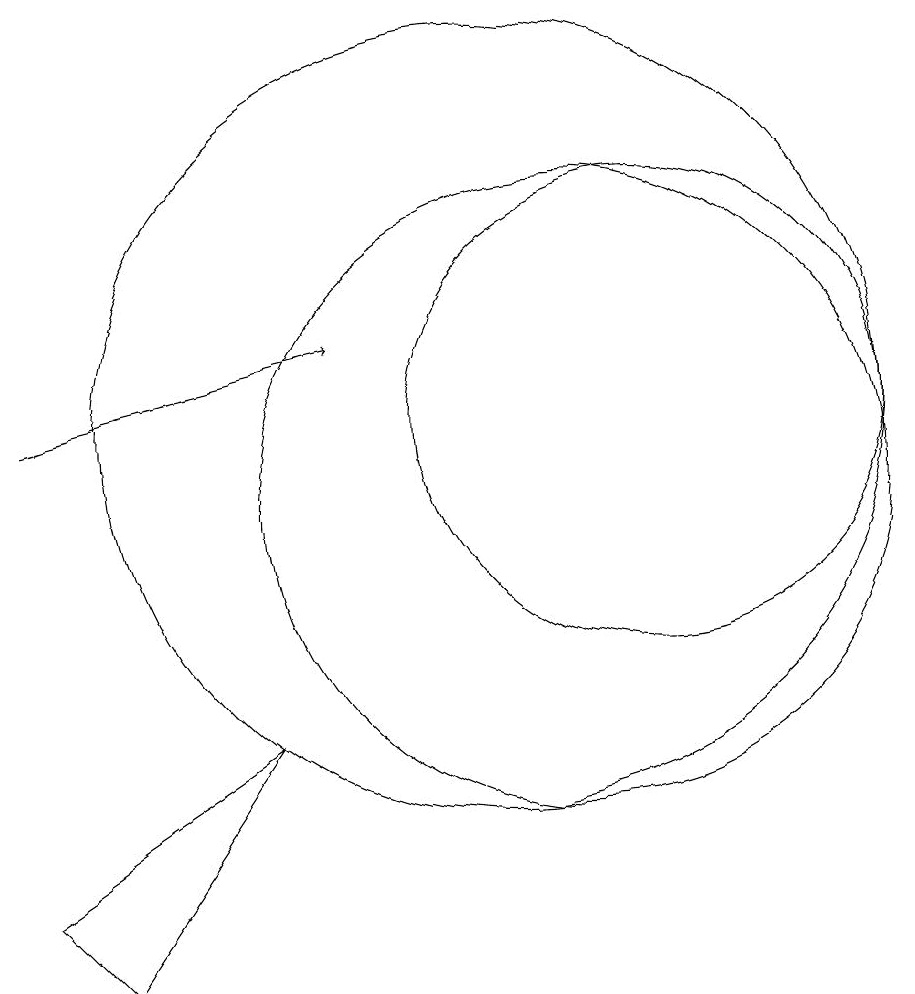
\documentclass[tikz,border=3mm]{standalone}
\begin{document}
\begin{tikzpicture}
\draw (7,8) -- (5,5) -- (4,6) -- cycle;
\draw (11,11) circle (4);
\draw (10,12) circle (5);
\draw[->] (4,12) -- (8,13);
\draw (12,12) circle (3);
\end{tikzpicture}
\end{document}